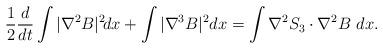
LaTeX: \begin{align*}\frac{1}{2}\frac{d}{dt}\int |\nabla^2 B|^2 \! dx+\int |\nabla^3 B|^2dx=\int \nabla^2 S_3 \cdot \nabla^2 B~dx.\end{align*}